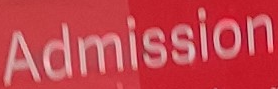
Admission